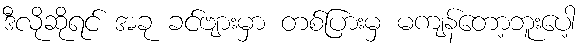
ဒီလိုဆိုရင် အခု ခင်ဗျားမှာ တစ်ပြားမှ မကျန်တော့ဘူးပေါ့